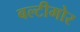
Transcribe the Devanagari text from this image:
बल्टीमोर